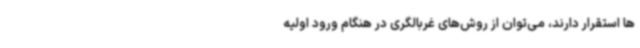
ها استقرار دارند، می‌توان از روش‌های غربالگری در هنگام ورود اولیه